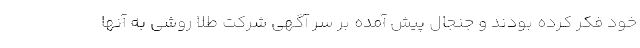
خود فکر کرده بودند و جنجال پیش آمده بر سر آگهی شرکت طلا روشی به آنها